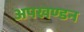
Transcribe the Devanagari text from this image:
अपखण्डन